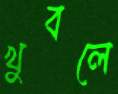
খুবলে